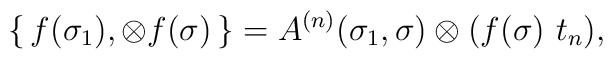
\{\,f(\sigma_1),\otimes f(\sigma)\,\}=A^{(n)}(\sigma_1,\sigma)\otimes(f(\sigma)\,\,t_n),